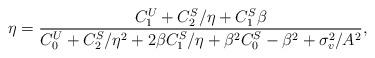
LaTeX: \begin{align*}\eta = \frac{C_1^U + C_2^S/\eta + C_1^S\beta}{C_0^U + C_2^S/\eta^2 + 2\beta C_1^S/\eta +\beta^2C_0^S - \beta^2 + \sigma_v^2/A^2},\end{align*}